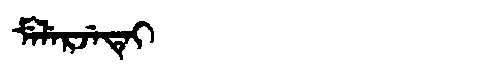
Manchu: ᠮᡝᠯᡝᡵᠵᡝᡨᡝᡳ
Romanization: MELERJETEI